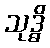
သုဒ္ဓိ